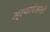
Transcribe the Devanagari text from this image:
मूल्यापेक्षाही